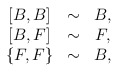
\begin{align*}\begin{array}{ccc}\left[ B,B\right] & \sim & B, \\ \left[ B,F\right] & \sim & F, \\ \left\{ F,F\right\} & \sim & B,\end{array}\end{align*}